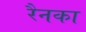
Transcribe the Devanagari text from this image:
रैनका